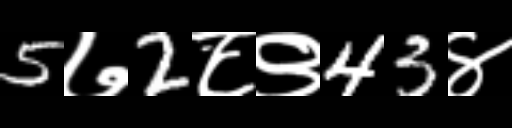
Text: 5७2८९43४